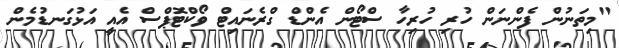
"މިތަނުން ފެންނަން ހުރި ހުރިހާ ސްޓޯން އެންޑް ގްރެނައިޓް ވޯކްޓޮޕްސް އެއީ އަޅުގަނޑުމެން